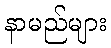
နာမည်များ